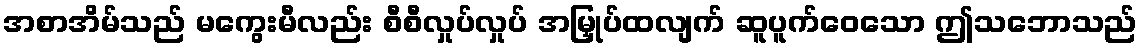
အစာအိမ်သည် မကွေးမီလည်း စီစီလှုပ်လှုပ် အမြှုပ်ထလျက် ဆူပူက်ဝေသော ဤသဘောသည်